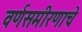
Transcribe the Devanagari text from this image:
वर्णसमीरणाचे